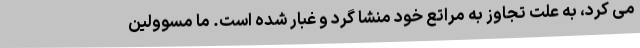
می کرد، به علت تجاوز به مراتع خود منشا گرد و غبار شده است. ما مسوولین